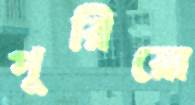
পুরিয়ো